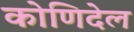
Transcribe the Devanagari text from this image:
कोणिदेल